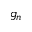
g _ { n }